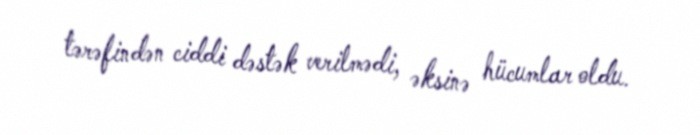
tərəfindən ciddi dəstək verilmədi, əksinə hücumlar oldu.